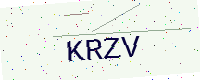
Text: KRZV